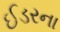
ઈડરના